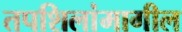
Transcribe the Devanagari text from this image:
तपशिलांमागील